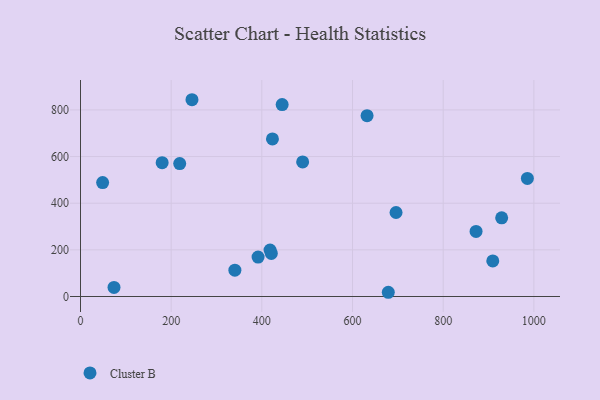
{"axis": {"x": "Investment", "y": "Yield"}, "legend": ["Cluster B"], "data": [{"x": "929.0", "y": 337.3, "type": "Cluster B"}, {"x": "245.9", "y": 843.7, "type": "Cluster B"}, {"x": "218.8", "y": 570.0, "type": "Cluster B"}, {"x": "180.1", "y": 573.6, "type": "Cluster B"}, {"x": "490.0", "y": 577.1, "type": "Cluster B"}, {"x": "340.5", "y": 112.8, "type": "Cluster B"}, {"x": "418.1", "y": 199.0, "type": "Cluster B"}, {"x": "696.0", "y": 360.2, "type": "Cluster B"}, {"x": "48.8", "y": 488.4, "type": "Cluster B"}, {"x": "444.8", "y": 823.0, "type": "Cluster B"}, {"x": "391.7", "y": 169.0, "type": "Cluster B"}, {"x": "632.1", "y": 775.1, "type": "Cluster B"}, {"x": "985.7", "y": 506.4, "type": "Cluster B"}, {"x": "872.5", "y": 279.0, "type": "Cluster B"}, {"x": "423.4", "y": 675.8, "type": "Cluster B"}, {"x": "678.9", "y": 18.1, "type": "Cluster B"}, {"x": "73.9", "y": 38.7, "type": "Cluster B"}, {"x": "420.9", "y": 184.5, "type": "Cluster B"}, {"x": "909.4", "y": 152.7, "type": "Cluster B"}]}